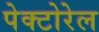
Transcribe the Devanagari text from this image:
पेक्टोरेल